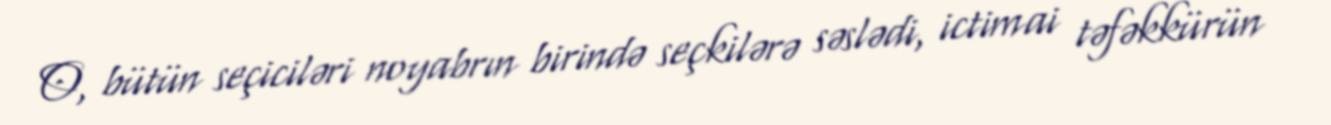
O, bütün seçiciləri noyabrın birində seçkilərə səslədi, ictimai təfəkkürün